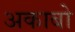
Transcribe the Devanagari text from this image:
अकाबो